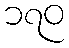
၁၇၀